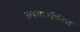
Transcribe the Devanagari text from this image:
अाचार्यपीठ